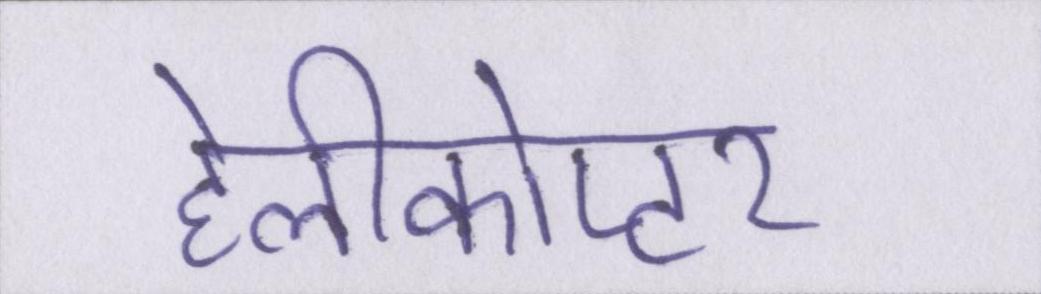
हेलीकोप्टर